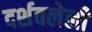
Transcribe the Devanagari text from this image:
दर्शवलेली